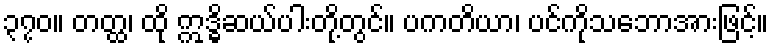
၃၇၀။ တတ္ထ၊ ထို ဣဒ္ဓိဆယ်ပါးတို့တွင်။ ပကတိယာ၊ ပင်ကိုသဘောအားဖြင့်။